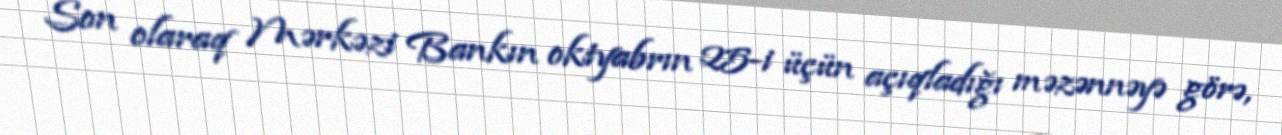
Son olaraq Mərkəzi Bankın oktyabrın 25-i üçün açıqladığı məzənnəyə görə,